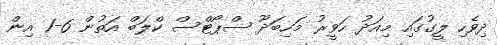
ދިވެހި ލީގުގައި މިއަދު ހަވީރު މަހިބަދޫ ސްޕޯޓްސް ކްލަބް އަތުން 6-1 އިން